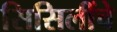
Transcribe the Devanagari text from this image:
सिसिलींचे